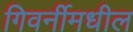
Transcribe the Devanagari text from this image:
गिवर्नीमधील